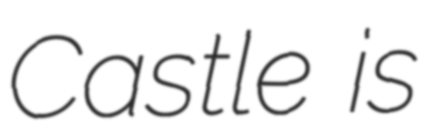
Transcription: Castle is